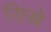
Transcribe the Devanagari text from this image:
सिस्ने